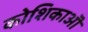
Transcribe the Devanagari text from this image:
कोशिकाऒ